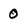
Character: 0